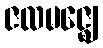
ဇလမဇ္ဈေ